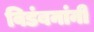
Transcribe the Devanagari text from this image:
विडंबनांनी